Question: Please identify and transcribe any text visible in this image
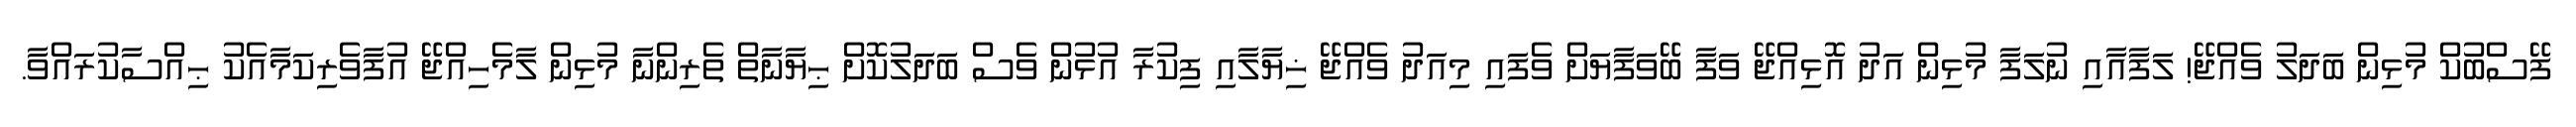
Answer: ފޭސްބުކް މުޅިން ބަދަލު ވެއްޖޭ! ލަފާއާއި ނުލަފާ މުޅިން އަދު އޮޅިއްޖޭ ވަފާ ބޭވަފާޔަށް ވެފައި މިއަދު ވެއްޖޭ ޚިޔާލާއި ފިކުރާ އުޅުން ވެސް ބަދަލުކޮށް ޙިޔާނާތް ތެރިންނާ މުޅިން ލާމެހިއްޖޭ އުފާވެރިކަމާއެކު ޙިއްސާކުރައްވާ.